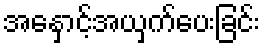
အနှောင့်အယှက်ပေးခြင်း